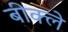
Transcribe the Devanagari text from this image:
बीक्ले